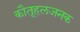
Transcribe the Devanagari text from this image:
कौतूहलजनक